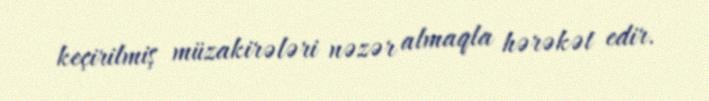
keçirilmiş müzakirələri nəzər almaqla hərəkət edir.